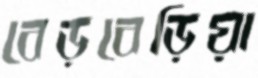
বেড়বেড়িয়া